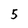
Character: 5